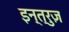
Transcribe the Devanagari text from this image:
इन्त्रुज़